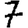
Digit: 7